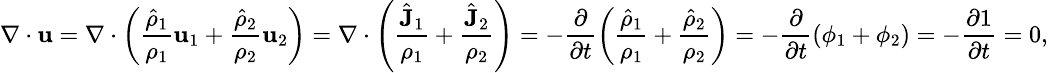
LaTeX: \small\nabla\cdot\textbf{u}=\nabla\cdot\left(\frac{\hat{\rho}_{1}}{\rho_{1}}\textbf{u}_{1}+\frac{\hat{\rho}_{2}}{\rho_{2}}\textbf{u}_{2}\right)=\nabla\cdot\left(\frac{\hat{\textbf{J}}_{1}}{\rho_{1}}+\frac{\hat{\textbf{J}}_{2}}{\rho_{2}}\right)=-\frac{\partial}{\partial t}\left(\frac{\hat{\rho}_{1}}{\rho_{1}}+\frac{\hat{\rho}_{2}}{\rho_{2}}\right)=-\frac{\partial}{\partial t}(\phi_{1}+\phi_{2})=-\frac{\partial 1}{\partial t}=0,